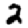
Digit: 2